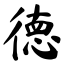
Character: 徳